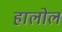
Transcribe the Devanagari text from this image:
हालोल